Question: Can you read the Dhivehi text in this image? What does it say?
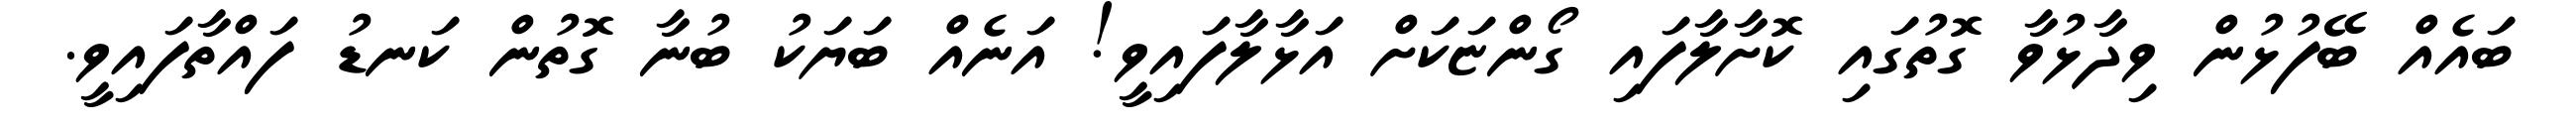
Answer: ބައެއް ބޭފުޅުން ވިދާޅުވާ ގޮތުގައި ކޮށާލާފައި ގޯންޏަކަށް އަޅާލާފައިވީ! އަނެއް ބަޔަކު ބުނާ ގޮތުން ކަނޑު ފައްތާފައިވީ.